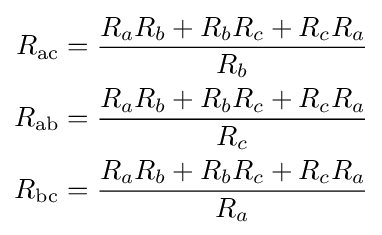
{\begin{aligned}R_{\mathrm {ac} }&={\frac {R_{a}R_{b}+R_{b}R_{c}+R_{c}R_{a}}{R_{b}}}\\R_{\mathrm {ab} }&={\frac {R_{a}R_{b}+R_{b}R_{c}+R_{c}R_{a}}{R_{c}}}\\R_{\mathrm {bc} }&={\frac {R_{a}R_{b}+R_{b}R_{c}+R_{c}R_{a}}{R_{a}}}\end{aligned}}